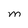
Character: M